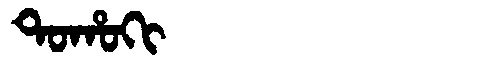
Manchu: ᡨᠣᡥᠣᡴᡳ
Romanization: TOHOKI